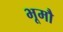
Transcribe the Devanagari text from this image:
भूमौ